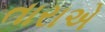
તારાએ